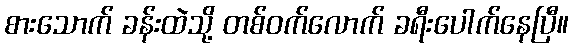
စားသောက် ခန်းထဲသို့ တစ်ဝက်လောက် ခရီးပေါက်နေပြီ။